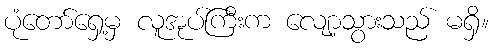
ပုံတော်ရှေ့မှ လူအုပ်ကြီးက လျော့သွားသည် မရှိ။